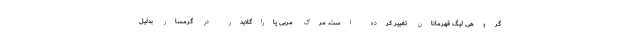
گروهی لیگ قهرمانان تغییر کرده است. مرگ مربی پاراگلایدر در گرمسار بدلیل